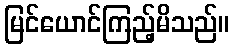
မြင်ယောင်ကြည့်မိသည်။